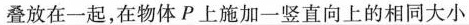
叠放在一起，在物体P上施加一竖直向上的相同大小